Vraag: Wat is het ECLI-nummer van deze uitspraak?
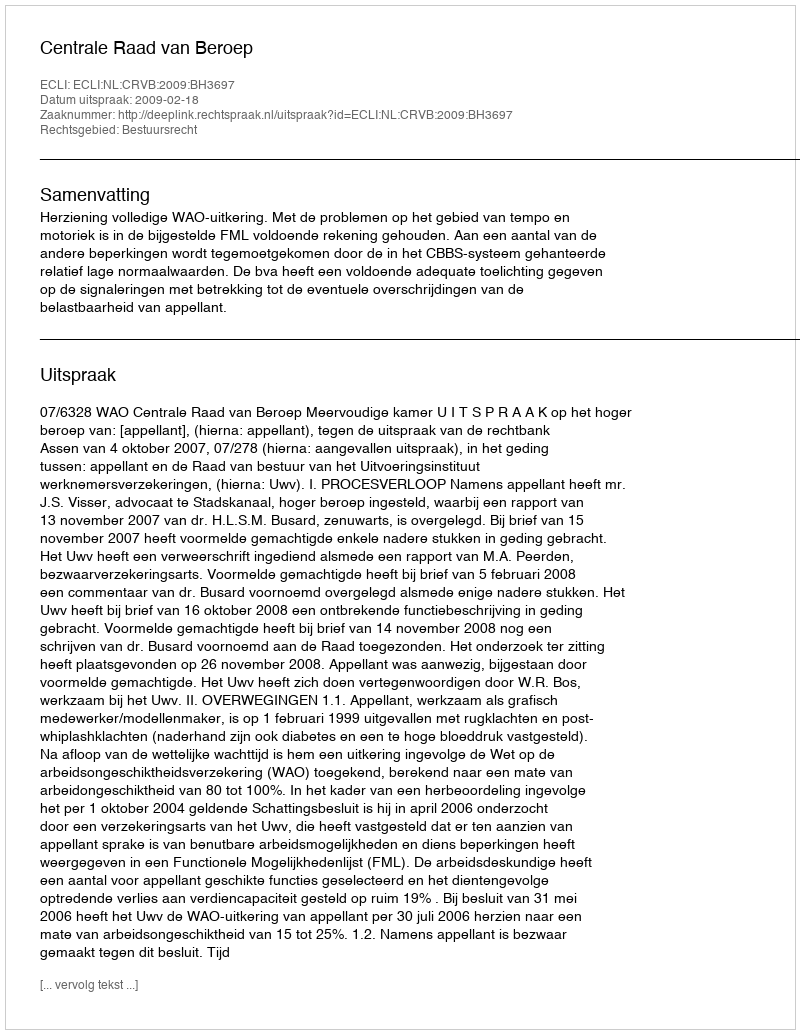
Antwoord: ECLI:NL:CRVB:2009:BH3697